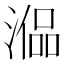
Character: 𣼞